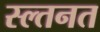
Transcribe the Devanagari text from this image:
स्ल्तनत